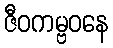
ဇီဝကမ္ဗဝနေ